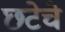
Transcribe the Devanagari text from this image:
छटेचे